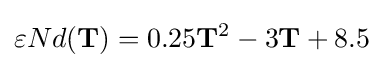
\varepsilon Nd(\mathbf {T} )=0.25\mathbf {T} ^{2}-3\mathbf {T} +8.5